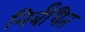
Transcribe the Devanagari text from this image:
निर्बंधित